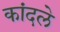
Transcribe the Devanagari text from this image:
कांदले